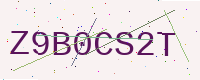
Text: Z9B0CS2T